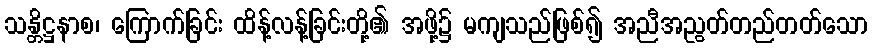
သန္တိဋ္ဌနာစ၊ ကြောက်ခြင်း ထိန့်လန့်ခြင်းတို့၏ အဖို့၌ မကျသည်ဖြစ်၍ အညီအညွတ်တည်တတ်သော